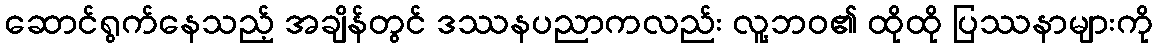
ဆောင်ရွက်နေသည့် အချိန်တွင် ဒဿနပညာကလည်း လူ့ဘဝ၏ ထိုထို ပြဿနာများကို